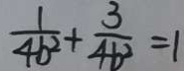
\frac { 1 } { 4 b ^ { 2 } } + \frac { 3 } { 4 b ^ { 2 } } = 1